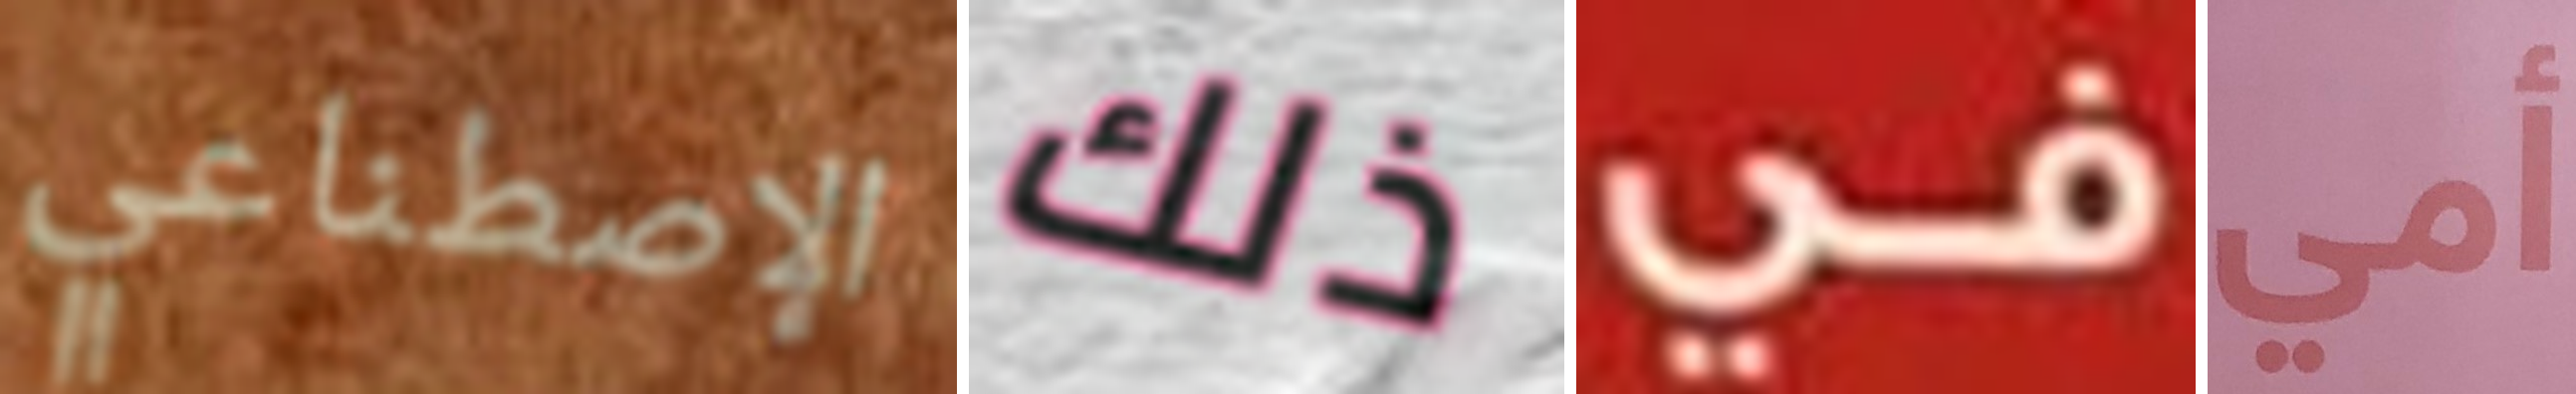
الإصطناعي ذلك في أمي